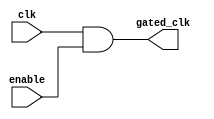
module conditional_clock_gating (
    input wire clk,        // Primary clock signal
    input wire enable,     // Enable signal for clock gating
    output wire gated_clk   // Gated clock output
);

// Gating logic to generate gated clock
assign gated_clk = clk & enable; // AND operation to gate the clock

endmodule